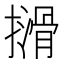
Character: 𫾈